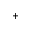
^ { + }